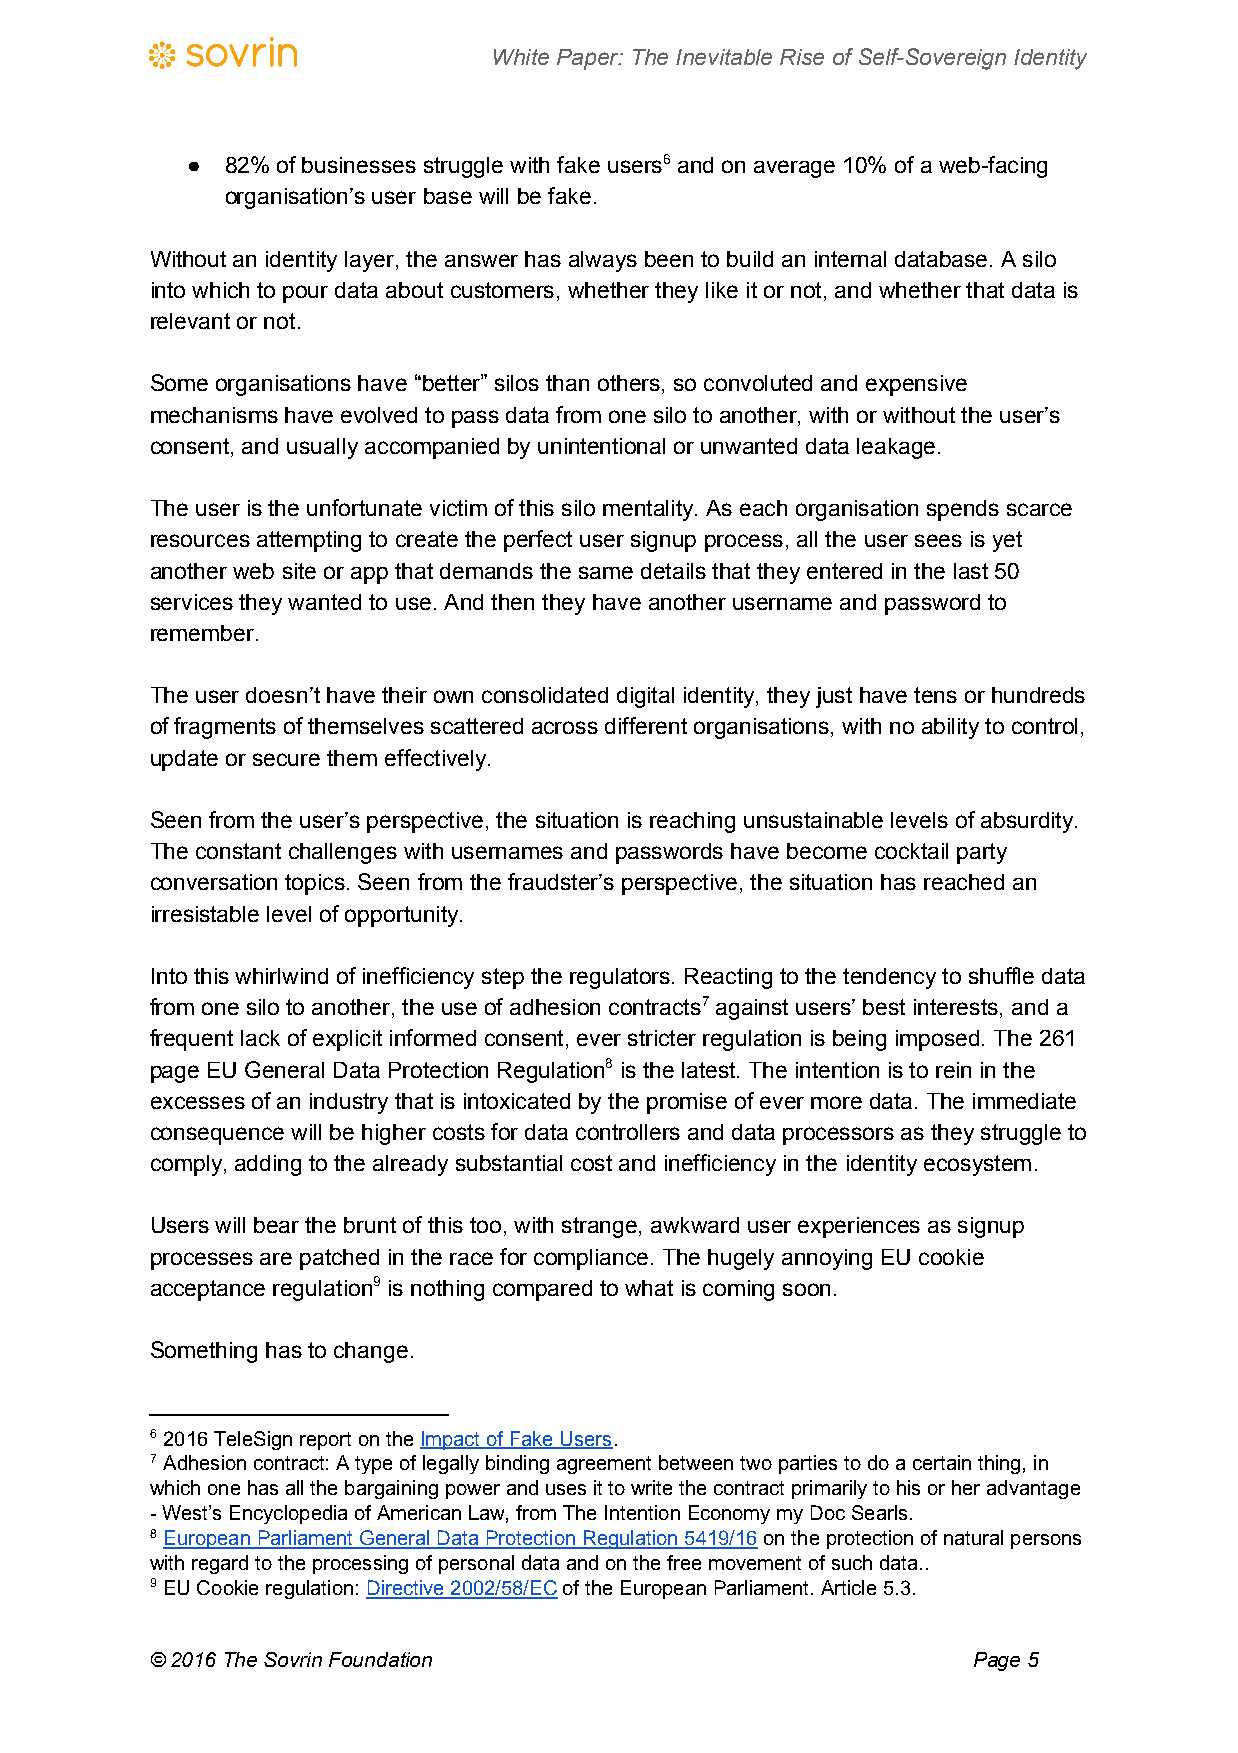
White Paper: The Inevitable Rise of Self-Sovereign Identity
 ●  82% of businesses struggle with fake users6 and on average 10% of a web-facing
 organisation’s user base will be fake.
 Without an identity layer, the answer has always been to build an internal database. A silo
 into which to pour data about customers, whether they like it or not, and whether that data is
 relevant or not.
 Some organisations have “better” silos than others, so convoluted and expensive
 mechanisms have evolved to pass data from one silo to another, with or without the user’s
 consent, and usually accompanied by unintentional or unwanted data leakage.
 The user is the unfortunate victim of this silo mentality. As each organisation spends scarce
 resources attempting to create the perfect user signup process, all the user sees is yet
 another web site or app that demands the same details that they entered in the last 50
 services they wanted to use. And then they have another username and password to
 remember.
 The user doesn’t have their own consolidated digital identity, they just have tens or hundreds
 of fragments of themselves scattered across different organisations, with no ability to control,
 update or secure them effectively.
 Seen from the user’s perspective, the situation is reaching unsustainable levels of absurdity.
 The constant challenges with usernames and passwords have become cocktail party
 conversation topics. Seen from the fraudster’s perspective, the situation has reached an
 irresistable level of opportunity.
 Into this whirlwind of inefficiency step the regulators. Reacting to the tendency to shuffle data
 from one silo to another, the use of adhesion contracts7 against users’ best interests, and a
 frequent lack of explicit informed consent, ever stricter regulation is being imposed. The 261
 page EU General Data Protection Regulation8 is the latest. The intention is to rein in the
 excesses of an industry that is intoxicated by the promise of ever more data. The immediate
 consequence will be higher costs for data controllers and data processors as they struggle to
 comply, adding to the already substantial cost and inefficiency in the identity ecosystem.
 Users will bear the brunt of this too, with strange, awkward user experiences as signup
 processes are patched in the race for compliance. The hugely annoying EU cookie
 acceptance regulation9 is nothing compared to what is coming soon.
 Something has to change.
 6 2016 TeleSign report on the Impact of Fake Users.
 ​            ​
 7 Adhesion contract: A type of legally binding agreement between two parties to do a certain thing, in
 which one has all the bargaining power and uses it to write the contract primarily to his or her advantage
 - West’s Encyclopedia of American Law, from The Intention Economy my Doc Searls.
 8 European Parliament General Data Protection Regulation 5419/16 on the protection of natural persons
 ​                                      ​
 with regard to the processing of personal data and on the free movement of such data..
 9 EU Cookie regulation: Directive 2002/58/EC of the European Parliament. Article 5.3.
 ​            ​
 © 2016 The Sovrin Foundation                          Page 5